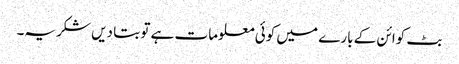
بٹ کوائن کے بارے میں کوئی معلومات ہے تو بتا دیں شکریہ۔